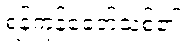
ရန်ကုန်ခေတ်သစ်၏